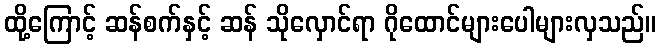
ထို့ကြောင့် ဆန်စက်နှင့် ဆန် သိုလှောင်ရာ ဂိုထောင်များပေါများလှသည်။